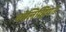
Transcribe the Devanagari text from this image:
बोलिव्हियन